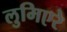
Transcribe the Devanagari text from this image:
लुमिएरे